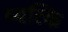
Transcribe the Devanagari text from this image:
व्यत्कि